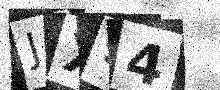
Text: JX94